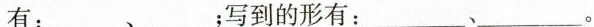
有：___、___；写到的形有：___、___。